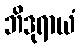
ဘိဒုရာယံ